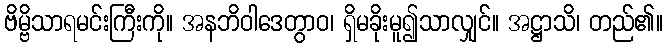
ဗိမ္ဗိသာရမင်းကြီးကို။ အနဘိဝါဒေတွာဝ၊ ရှိမခိုးမူ၍သာလျှင်။ အဋ္ဌာသိ၊ တည်၏။